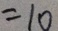
= 1 0